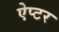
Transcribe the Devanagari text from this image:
ऐप्टर